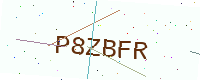
Text: P8ZBFR